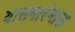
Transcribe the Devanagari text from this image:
यासमारंभास